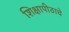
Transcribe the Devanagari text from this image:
शिक्षापीठाचे